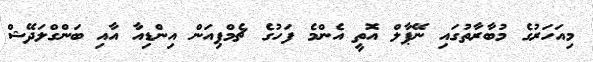
މިއަހަރުގެ މުބާރާތުގައި ނޭޕާލް އޮތީ އެންމެ ފަހުގެ ޗެމްޕިއަން އިންޑިއާ އާއި ބަންގްލަދޭޝް